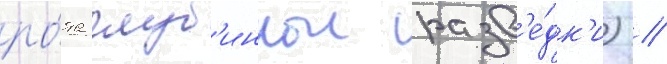
ро́та глуб'иннои разв'е́дк'и) //